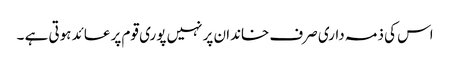
اس کی ذمہ داری صرف خاندان پر نہیں پوری قوم پر عائد ہوتی ہے ۔